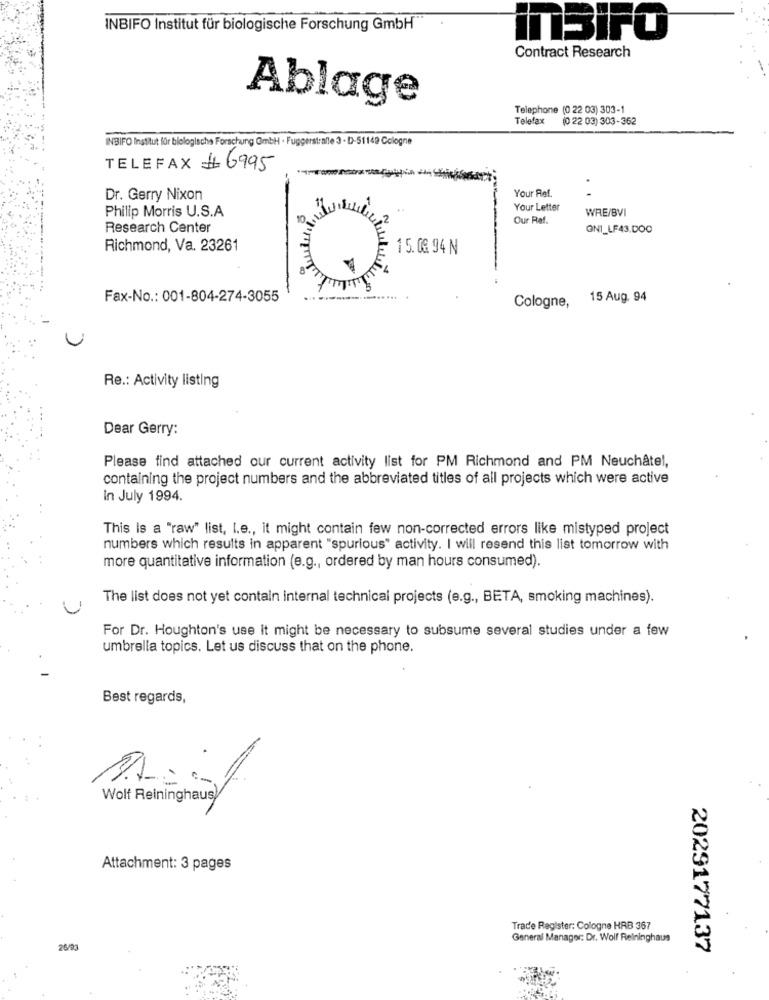
INBIFO Institut für biologische Forschung GmbH **
inSIFO
Contract Research
Ablage
Telephone (0 22 03) 303-1
Telefax
(0 22 03) 303-362
INBIFO Institut für biologische Forschung GmbH · Fuggerstrafle 3 - D-51149 Cologne
TELEFAX # 6995
Your Ref.
Dr. Gerry Nixon
Philip Morris U.S.A
Your Letter
WRE/BVI
Our Ref.
Research Center
ON1_LF43.DOC
Richmond, Va. 23261
15. 08. 94 N
Fax-No .: 001-804-274-3055
Cologne, 15 Aug. 94
Re .: Activity listing
Dear Gerry:
Please find attached our current activity list for PM Richmond and PM Neuchâtel,
containing the project numbers and the abbreviated titles of all projects which were active
In July 1994.
This is a "raw" list, I.e ., it might contain few non-corrected errors like mistyped project
numbers which results in apparent "spurious" activity. I will resend this list tomorrow with
more quantitative information (e.g ., ordered by man hours consumed).
The list does not yet contain internal technical projects (e.g ., BETA, smoking machines).
For Dr. Houghton's use it might be necessary to subsume several studies under a few
umbrella topics. Let us discuss that on the phone.
Best regards,
Wolf Reininghausy
Attachment: 3 pages
Trade Register: Cologne HRB 367
General Manager: Dr. Wolf Relninghaus
26/93
2029177137